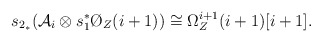
\begin{align*}s_{2_*} ({\cal A}_i \otimes s_1^* \O_Z(i+1)) \cong \Omega_Z^{i+1} (i+1) [i+1].\end{align*}